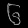
Digit: ၆